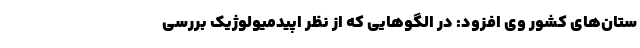
ستان‌های کشور وی افزود: در الگوهایی که از نظر اپیدمیولوژیک بررسی